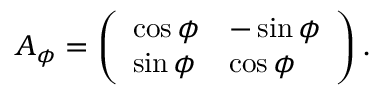
A _ { \phi } = \left( \begin{array} { l l } { \cos \phi } & { - \sin \phi } \\ { \sin \phi } & { \cos \phi } \end{array} \right) .